Mental hospitals Bombay report 1929-33 - 1929-1933
Year: 1929
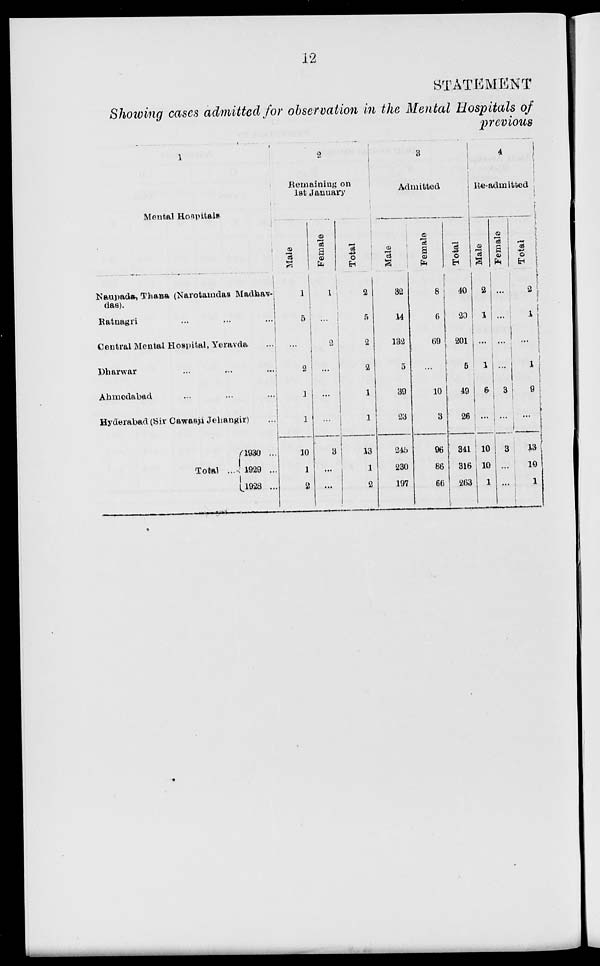
12
STATEMENT
Showing cases admitted for observation in the Mental Hospitals of
previous
1
Mental Hospitals.
Naupada, Thana (Narotamdas Madhav-
das).
Ratnagri ... ... ...
Central Mental Hospital, Yeravda ...
Dharwar ... ... ...
Ahmedabad ... ... ...
Hyderabad (Sir Cawasji Jehangir) ...
Total ...
1930 ...
1929 ...
1928 ...
2
Remaining on
1st January
Male
1
5
...
2
1
1
10
1
2
Female
1
...
2
...
...
...
3
...
Total
2
5
2
2
1
1
13
1
2
3
Admitted
Male
32
14
132
5
39
23
245
230
197
Female
8
6
69
...
10
3
96
86
66
Total
40
20
201
5
49
26
341
316
263
4
Re-admitted
Male
2
1
...
1
6
...
10
10
1
Female
...
...
...
...
3
...
3
...
...
Total
2
1
...
1
9
...
13
10
1